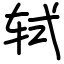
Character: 轼